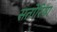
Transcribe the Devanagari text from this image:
सतोरिया